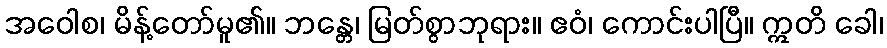
အဝေါစ၊ မိန့်တော်မူ၏။ ဘန္တေ၊ မြတ်စွာဘုရား။ ဧဝံ၊ ကောင်းပါပြီ။ ဣတိ ခေါ၊